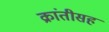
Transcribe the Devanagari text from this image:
क्रांतीसह